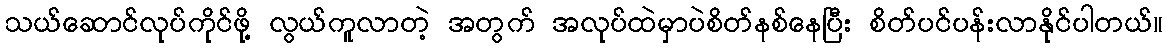
သယ်ဆောင်လုပ်ကိုင်ဖို့ လွယ်ကူလာတဲ့ အတွက် အလုပ်ထဲမှာပဲစိတ်နစ်နေပြီး စိတ်ပင်ပန်းလာနိုင်ပါတယ်။